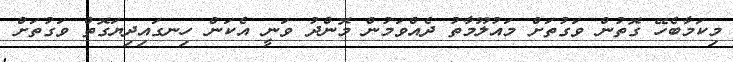
މިކަމާބެހޭ ގޮތުން ވަގުތަށް މައުލޫމާތު ދެއްވަމުން މޮންދު ވަނީ އެކަން ހިނގައިދިޔަގޮތް ވަގުތަށް